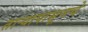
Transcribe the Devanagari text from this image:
ताऱ्यापासूनचे